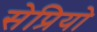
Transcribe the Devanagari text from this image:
सेप्रियो